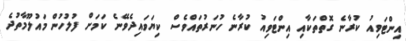
އިންޓަވިއު ކުރާނެ ގޮތްތަކާއި އިންޓަވިއު ކުރާނެ ހުނަރުތައްވެސް ކިޔަވައިދެވޭނެ ކަމަށް ފުލުހުން މައުލޫމާތުދެ